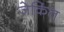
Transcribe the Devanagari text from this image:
जेकिंत